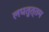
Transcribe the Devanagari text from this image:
लघतुत्तम